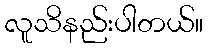
လူသိနည်းပါတယ်။